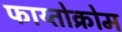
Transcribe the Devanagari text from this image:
फाय्तोक्रोम